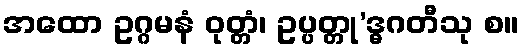
အထော ဥဂ္ဂမနံ ဝုတ္တံ၊ ဥပ္ပတ္တု’ဒ္ဓဂတီသု စ။